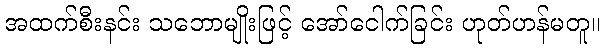
အထက်စီးနင်း သဘောမျိုးဖြင့် အော်ငေါက်ခြင်း ဟုတ်ဟန်မတူ။